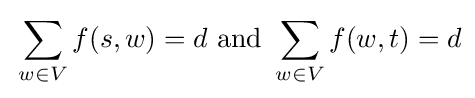
\,\sum _{w\in V}f(s,w)=d{\text{ and }}\sum _{w\in V}f(w,t)=d